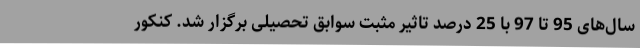
سال‌های 95 تا 97 با 25 درصد تاثیر مثبت سوابق تحصیلی برگزار شد. کنکور